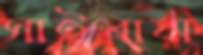
সাইবাবা